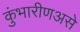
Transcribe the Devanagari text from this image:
कुंभारीणअसे